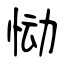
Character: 恸